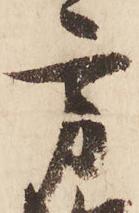
方